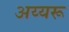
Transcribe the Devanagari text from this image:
अय्यरू